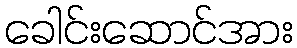
ခေါင်းဆောင်အား